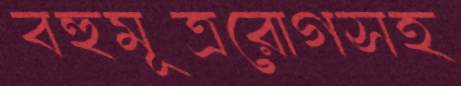
বহুমূত্ররোগসহ